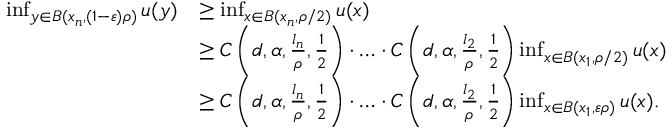
\begin{array} { r l } { \operatorname* { i n f } _ { y \in B ( x _ { n } , ( 1 - \varepsilon ) \rho ) } u ( y ) } & { \geq \operatorname* { i n f } _ { x \in B ( x _ { n } , \rho / 2 ) } u ( x ) } \\ & { \geq C \left( d , \alpha , \frac { l _ { n } } { \rho } , \frac { 1 } { 2 } \right) \cdot \hdots \cdot C \left( d , \alpha , \frac { l _ { 2 } } { \rho } , \frac { 1 } { 2 } \right) \operatorname* { i n f } _ { x \in B ( x _ { 1 } , \rho / 2 ) } u ( x ) } \\ & { \geq C \left( d , \alpha , \frac { l _ { n } } { \rho } , \frac { 1 } { 2 } \right) \cdot \hdots \cdot C \left( d , \alpha , \frac { l _ { 2 } } { \rho } , \frac { 1 } { 2 } \right) \operatorname* { i n f } _ { x \in B ( x _ { 1 } , \varepsilon \rho ) } u ( x ) . } \end{array}